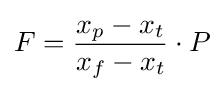
F={\frac {x_{p}-x_{t}}{x_{f}-x_{t}}}\cdot P